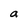
Character: a